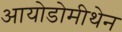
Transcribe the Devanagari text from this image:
आयोडोमीथेन